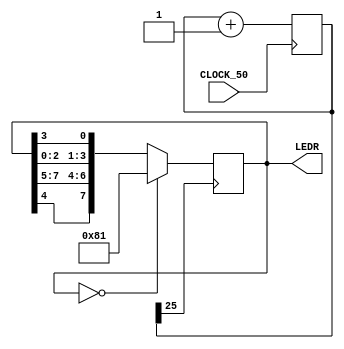
//Cu 5: Thit k mch dch LED s dng 8 LED xanh vi clock khong 1Hz c chia t
//clock 50Mhz sao cho 2 LED chy t ngoi vo gia.
module cau5(CLOCK_50,LEDR);
input CLOCK_50;
output reg [7:0] LEDR;
reg [25:0] counter;
always @(posedge CLOCK_50)
	counter = counter + 1'b1;
always @(posedge counter[25])
	if(LEDR==8'b0)
		LEDR= 8'b10000001;
	else
		LEDR={LEDR[4],LEDR[7:5],LEDR[2:0],LEDR[3]};
endmodule